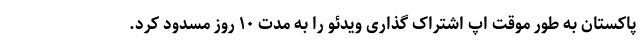
پاکستان به طور موقت اپ اشتراک گذاری ویدئو را به مدت ۱۰ روز مسدود کرد.